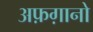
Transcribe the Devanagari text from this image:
अफ़ग़ानो